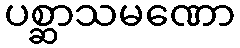
ပစ္ဆာသမဏော